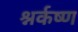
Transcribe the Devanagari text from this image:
श्नर्कष्ण